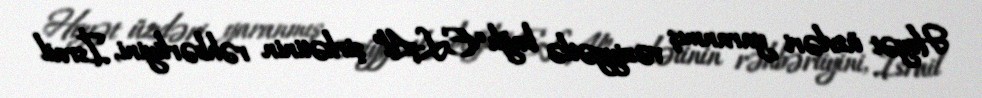
Heyət üzvləri yaranmış vəziyyətlə bağlı “EL-Al” şirkətinin rəhbərliyini, İsrail